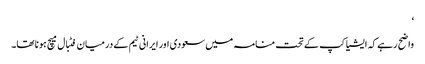
‘
واضح رہے کہ ایشیا کپ کے تحت منامہ میں سعودی اور ایرانی ٹیم کے درمیان فٹبال میچ ہونا تھا۔